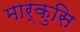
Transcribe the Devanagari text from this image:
मार्कुसि